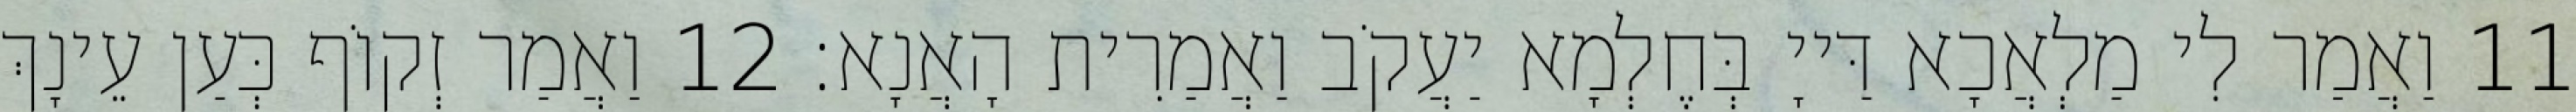
11 וַאֲמַר לִי מַלְאֲכָא דַּייָ בְּחֶלְמָא יַעֲקֹב וַאֲמַרִית הָאֲנָא׃ 12 וַאֲמַר זְקוֹף כְּעַן עֵינָךְ